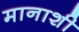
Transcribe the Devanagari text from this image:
मानाशी